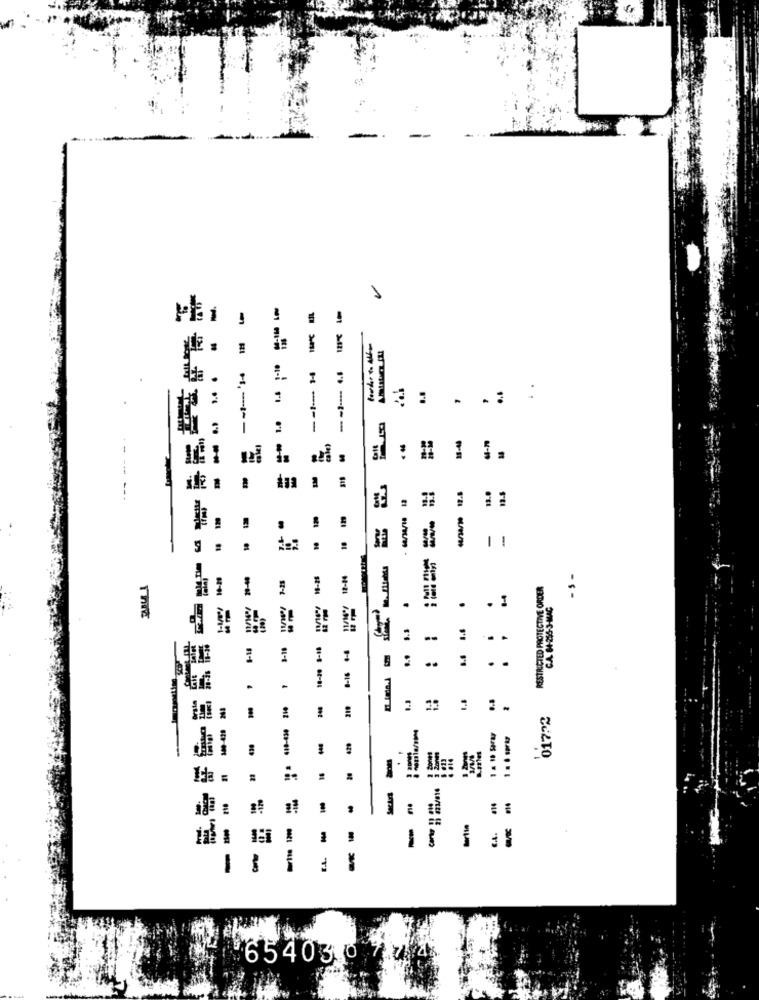
1
=
!
- - ----
1
--
---
--
-
.. .
RESTRICTED PROTECTIVE ORDER
--
. 1
C.A. 04-256-3-MAC
-s -
.
5.3
3-18
1
.
-
-
219
01722
m
. :
-
===
-
11
1 .
-
654030